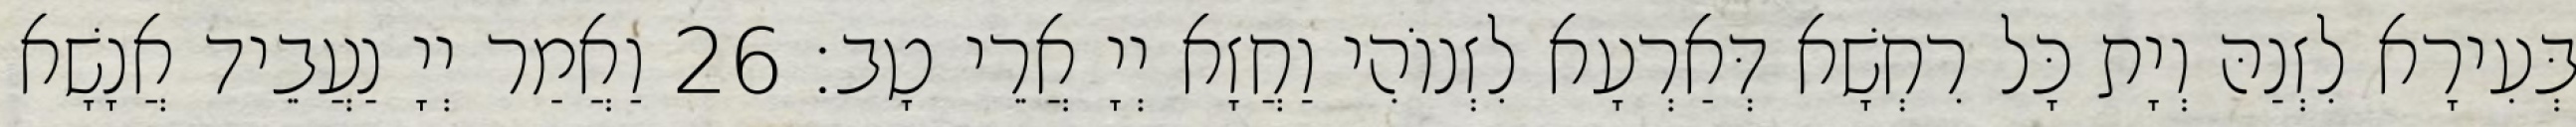
בְּעִירָא לִזְנַהּ וְיָת כָּל רִחְשָׁא דְּאַרְעָא לִזְנוֹהִי וַחֲזָא יְיָ אֲרֵי טָב׃ 26 וַאֲמַר יְיָ נַעֲבֵיד אֲנָשָׁא